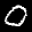
Label: 0